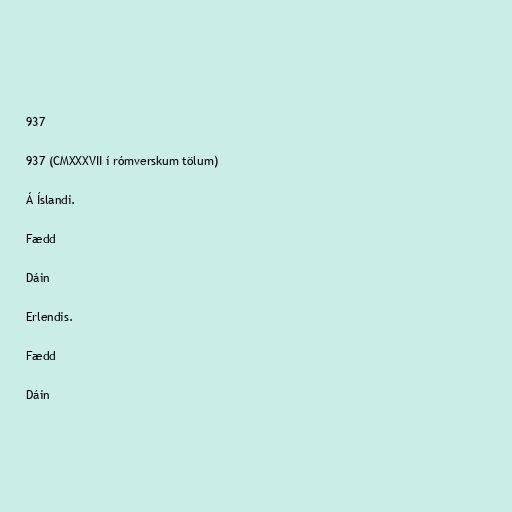
937

937 (CMXXXVII í rómverskum tölum)

Á Íslandi.

Fædd

Dáin

Erlendis.

Fædd

Dáin